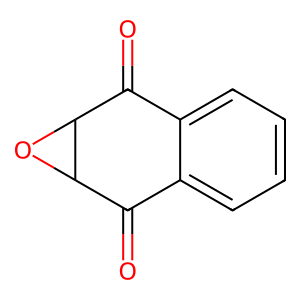
SMILES: O=C1c2ccccc2C(=O)C2OC12
Inhibits HIV replication: No